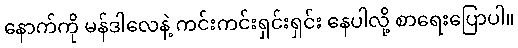
နောက်ကို မန်ဒါလေနဲ့ ကင်းကင်းရှင်းရှင်း နေပါလို့ စာရေးပြောပါ။